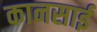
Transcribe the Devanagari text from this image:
कानसाई